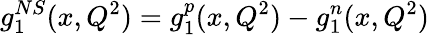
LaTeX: g_{1}^{NS}(x,Q^{2})=g_{1}^{p}(x,Q^{2})-g_{1}^{n}(x,Q^{2})